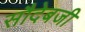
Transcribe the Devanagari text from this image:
सौदेबजी